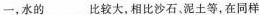
一，水的___比较大沙石，泥土等，在同样